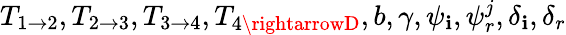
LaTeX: T_{1\rightarrow2},T_{2\rightarrow3},T_{3\rightarrow4},T_{4\rightarrowD},b,\gamma,\psi_{\mathbf{i}},\psi_{r}^{j},\delta_{\mathbf{i}},\delta_{r}